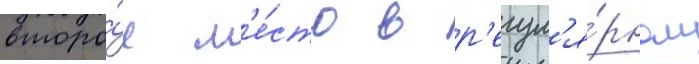
второ́е м'е́сто в р'егул'я́рном